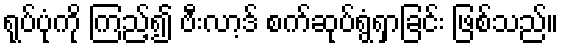
ရုပ်ပုံကို ကြည့်၍ ဗီးလာ့ဒ် စက်ဆုပ်ရွံရှာခြင်း ဖြစ်သည်။